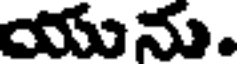
యును.